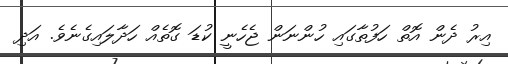
އިރު ދެން އޮތް ހަފުތާގައި ހުންނަން ޖެހެނީ ކުޑަ ގޮތެއް ހަދާލައިގެނެވެ. އަދި